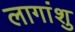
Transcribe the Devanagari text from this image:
लागांशु